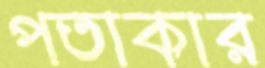
পতাকার